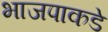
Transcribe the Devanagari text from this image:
भाजपाकडे